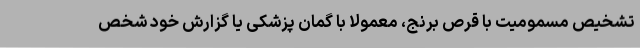
تشخیص مسمومیت با قرص برنج، معمولاً با گمان پزشکی یا گزارش خود شخص